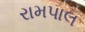
રામપાલ